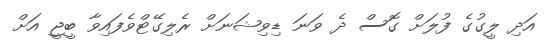
އަދި ލީގުގެ ފުލަށް ގޮސް ދެ ވަނަ ޑިވިޝަނަށް ރެލިގޭޓްވެފައިވާ ބީޖީ އަށް